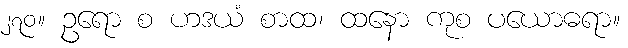
၂၇၀။ ဥရော စ ဟဒယံ စာထ၊ ထနော ကုစ ပယောဓရာ။